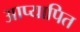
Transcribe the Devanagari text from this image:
आप्यापित